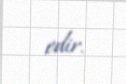
edir.